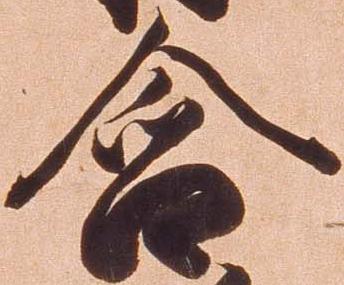
含